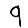
Digit: 9